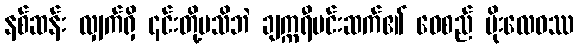
နစ်ဆန်း လျှက်ရှိ ၎င်းတို့မသိဘဲ ချက္ကရီမင်းဆက်၏ ဝေစည် မိုးလေဝဿ